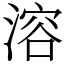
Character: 溶